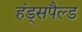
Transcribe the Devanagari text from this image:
हंड्सपैल्ड